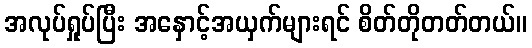
အလုပ်ရှုပ်ပြီး အနှောင့်အယှက်များရင် စိတ်တိုတတ်တယ်။